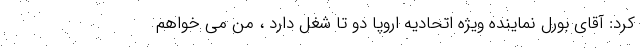
کرد: آقای بورل نماینده ویژه اتحادیه اروپا دو تا شغل دارد ، من می خواهم